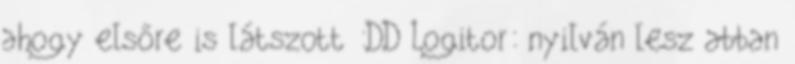
ahogy elsőre is látszott :DD Logitor: nyilván lesz abban